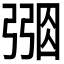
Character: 𢐑